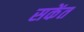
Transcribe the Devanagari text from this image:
सकेंत